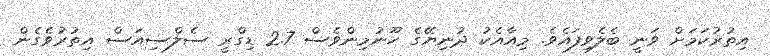
އިތުރުކަމަށް ވަނީ ބެލެވިފައެވެ. މިއާއެކު ދުނިޔޭގެ ހޫނުމިންވެސް 2.7 ޑިގްރީ ސެލްސިއަސް އިތުރުވެގެން